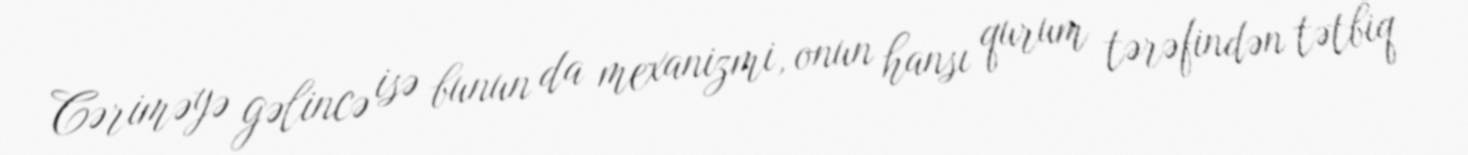
Cəriməyə gəlincə isə bunun da mexanizmi, onun hansı qurum tərəfindən tətbiq